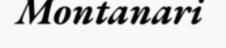
Montanari